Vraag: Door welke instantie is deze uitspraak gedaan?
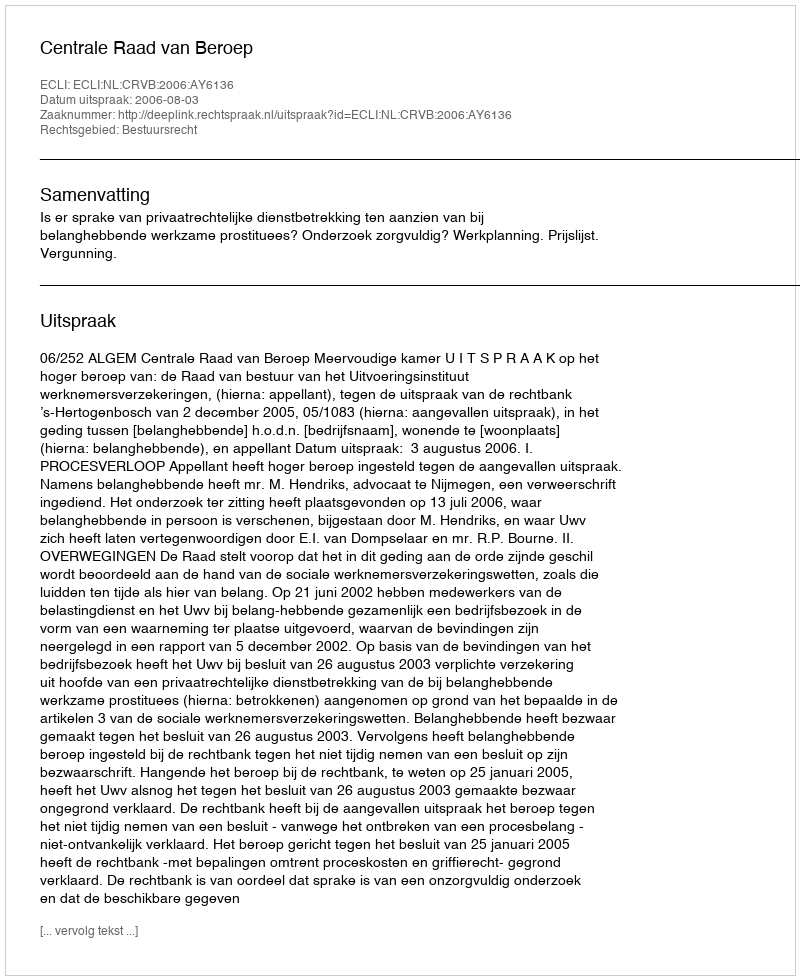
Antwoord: Centrale Raad van Beroep